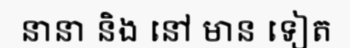
នានា និង នៅ មាន ទៀត